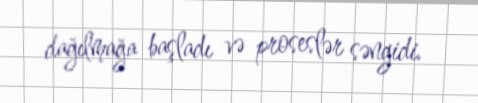
dağılmağa başladı və proseslər səngidi.